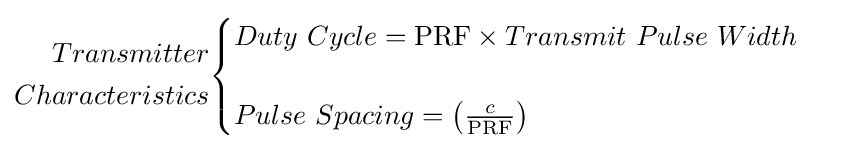
{\begin{aligned}Transmitter\\Characteristics\end{aligned}}{\begin{cases}Duty\ Cycle=\mathrm {PRF} \times Transmit\ Pulse\ Width\\\\Pulse\ Spacing=\left({\frac {c}{\mathrm {PRF} }}\right)\end{cases}}